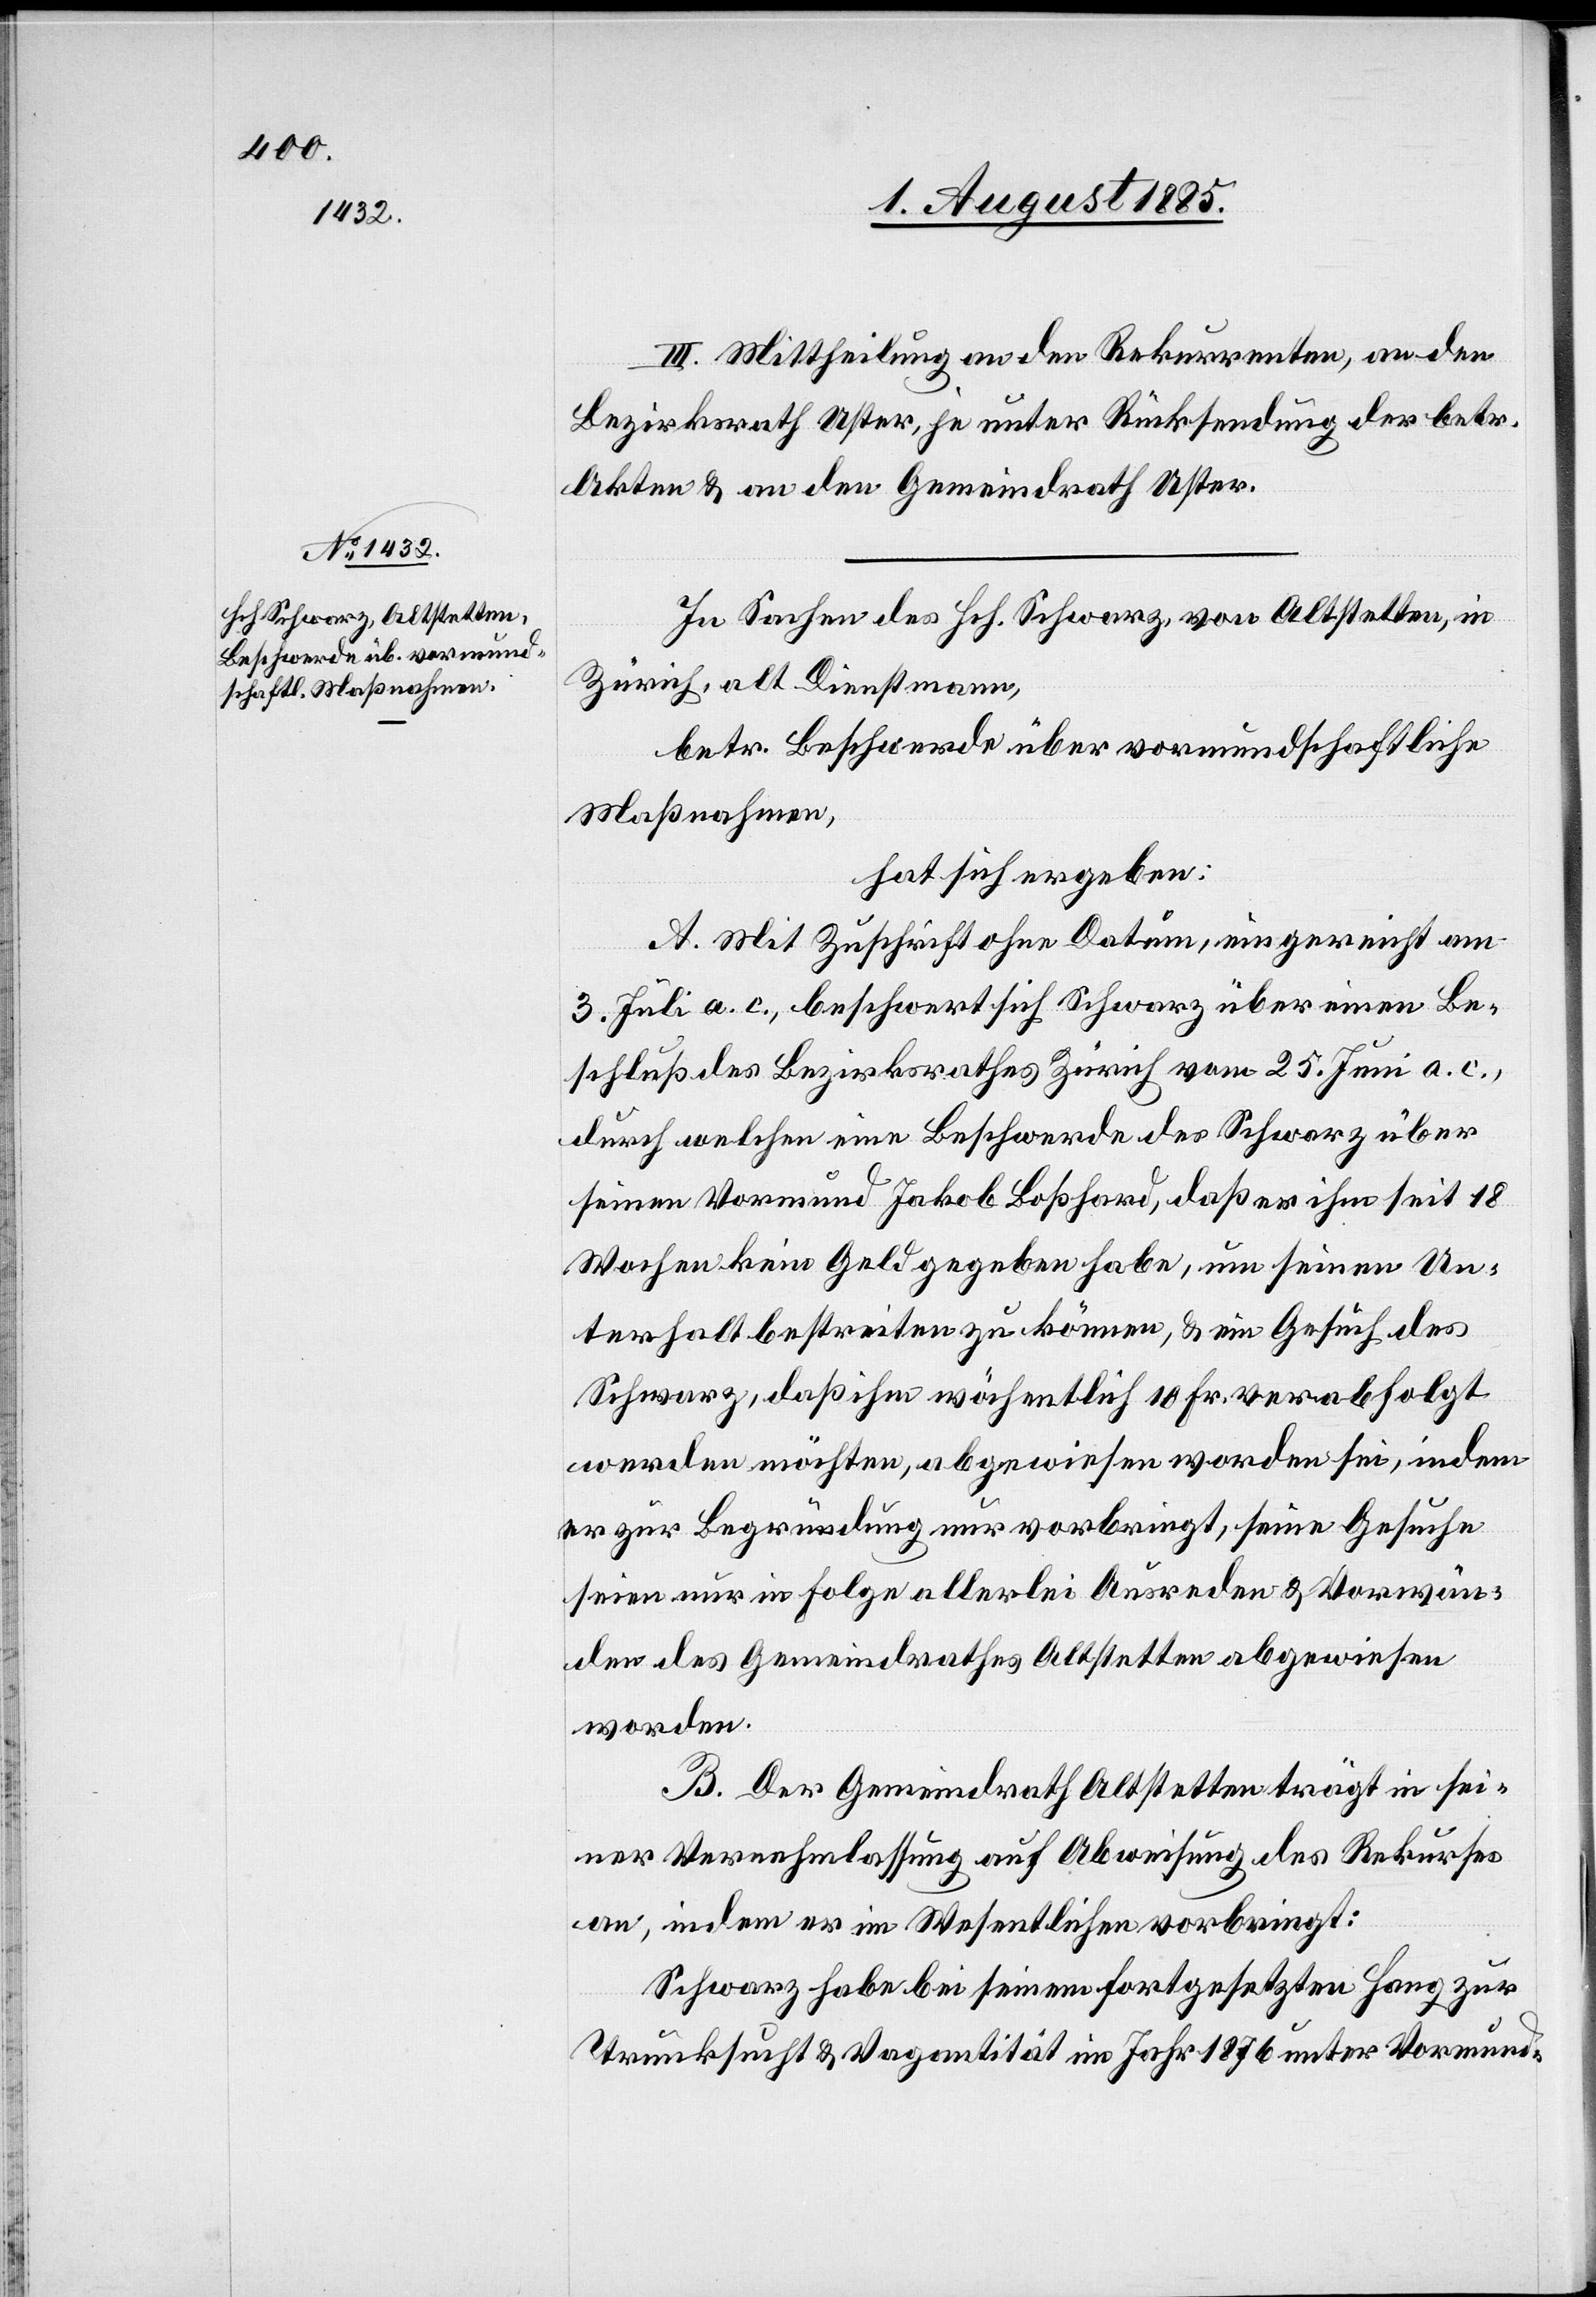
III. Mittheilung an den Rekurrenten, an den
Bezirksrath Uster, je unter Rücksendung der betr.
Akten & an den Gemeindrath Uster.
In Sachen des Hch. Schwarz, von Altstetten, in
Zürich, alt Dienstmann,
betr. Beschwerde über vormundschaftliche
Maßnahmen,
hat sich ergeben:
A. Mit Zuschrift ohne Datum, eingereicht am
3. Juli a. c., beschwert sich Schwarz über einen Be¬
schluß des Bezirksrathes Zürich vom 25. Juni a. c.,
durch welchen eine Beschwerde des Schwarz über
seinen Vormund Jakob Boßhard, daß er ihm seit 18
Wochen kein Geld gegeben habe, um seinen Un¬
terhalt bestreiten zu können, & ein Gesuch des
Schwarz, daß ihm wöchentlich 10 Fr. verabfolgt
werden möchten, abgewiesen worden sei, indem
er zur Begründung nur vorbringt, seine Gesuche
seien nur in Folge allerlei Ausreden & Vorwän¬
den des Gemeindrathes Altstetten abgewiesen
worden.
B. Der Gemeindrath Altstetten trägt in sei¬
ner Vernehmlassung auf Abweisung des Rekurses
an, indem er im Wesentlichen vorbringt:
Schwarz habe bei seinem fortgesetzten Hang zur
Trunksucht & Vagantität im Jahr 1876 unter Vormund-